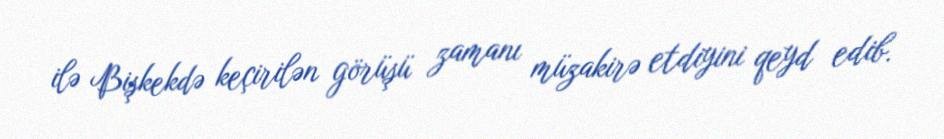
ilə Bişkekdə keçirilən görüşü zamanı müzakirə etdiyini qeyd edib.